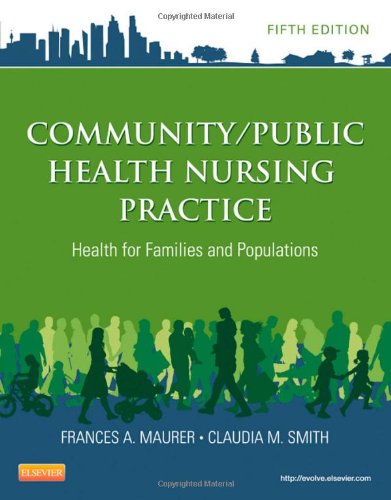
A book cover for Community/Public Health Nursing Practice: Health for Families and Populations, 5e (Maurer, Community/ Public Health Nursing Practice); Frances A. Maurer MS  RN-BC; Medical Books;